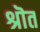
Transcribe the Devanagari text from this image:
श्रॊत